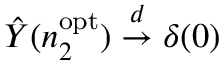
\hat { Y } ( n _ { 2 } ^ { \mathrm { o p t } } ) \overset { d } { \to } \delta ( 0 )